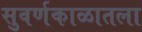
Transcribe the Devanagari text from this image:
सुवर्णकाळातला